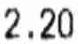
2.20